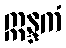
ဣန္ဒကံ